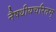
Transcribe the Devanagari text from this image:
नैषधीयचरितम्‌